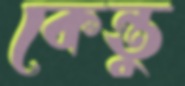
কেন্তু